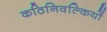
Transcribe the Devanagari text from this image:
कठिनिवल्कियों